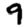
Digit: 9